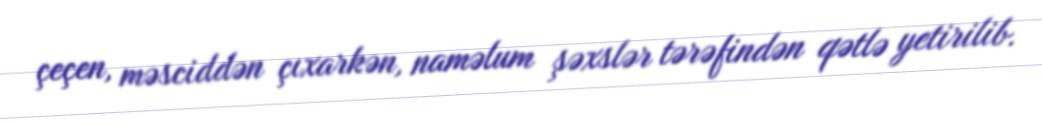
çeçen, məsciddən çıxarkən, naməlum şəxslər tərəfindən qətlə yetirilib.